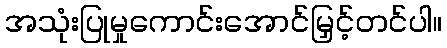
အသုံးပြုမှုကောင်းအောင်မြှင့်တင်ပါ။